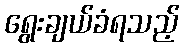
ရွေးချယ်ခံရသည့်